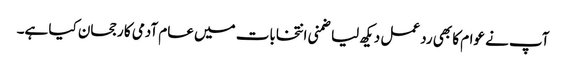
آپ نے عوام کا بھی رد عمل دیکھ لیا ضمنی انتخابات میں عام آدمی کا رجحان کیا ہے۔